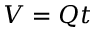
V = Q t